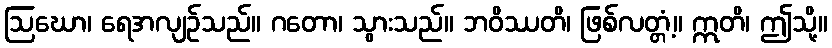
ဩဃော၊ ရေအလျဉ်သည်။ ဂတော၊ သွားသည်။ ဘဝိဿတိ၊ ဖြစ်လတ္တံ့။ ဣတိ၊ ဤသို့။